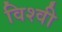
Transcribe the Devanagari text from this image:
विश्वी